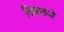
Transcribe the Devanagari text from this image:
निकाळजे